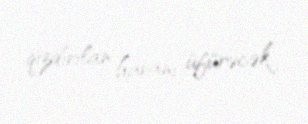
qızdırılan havanı üfürəcək.